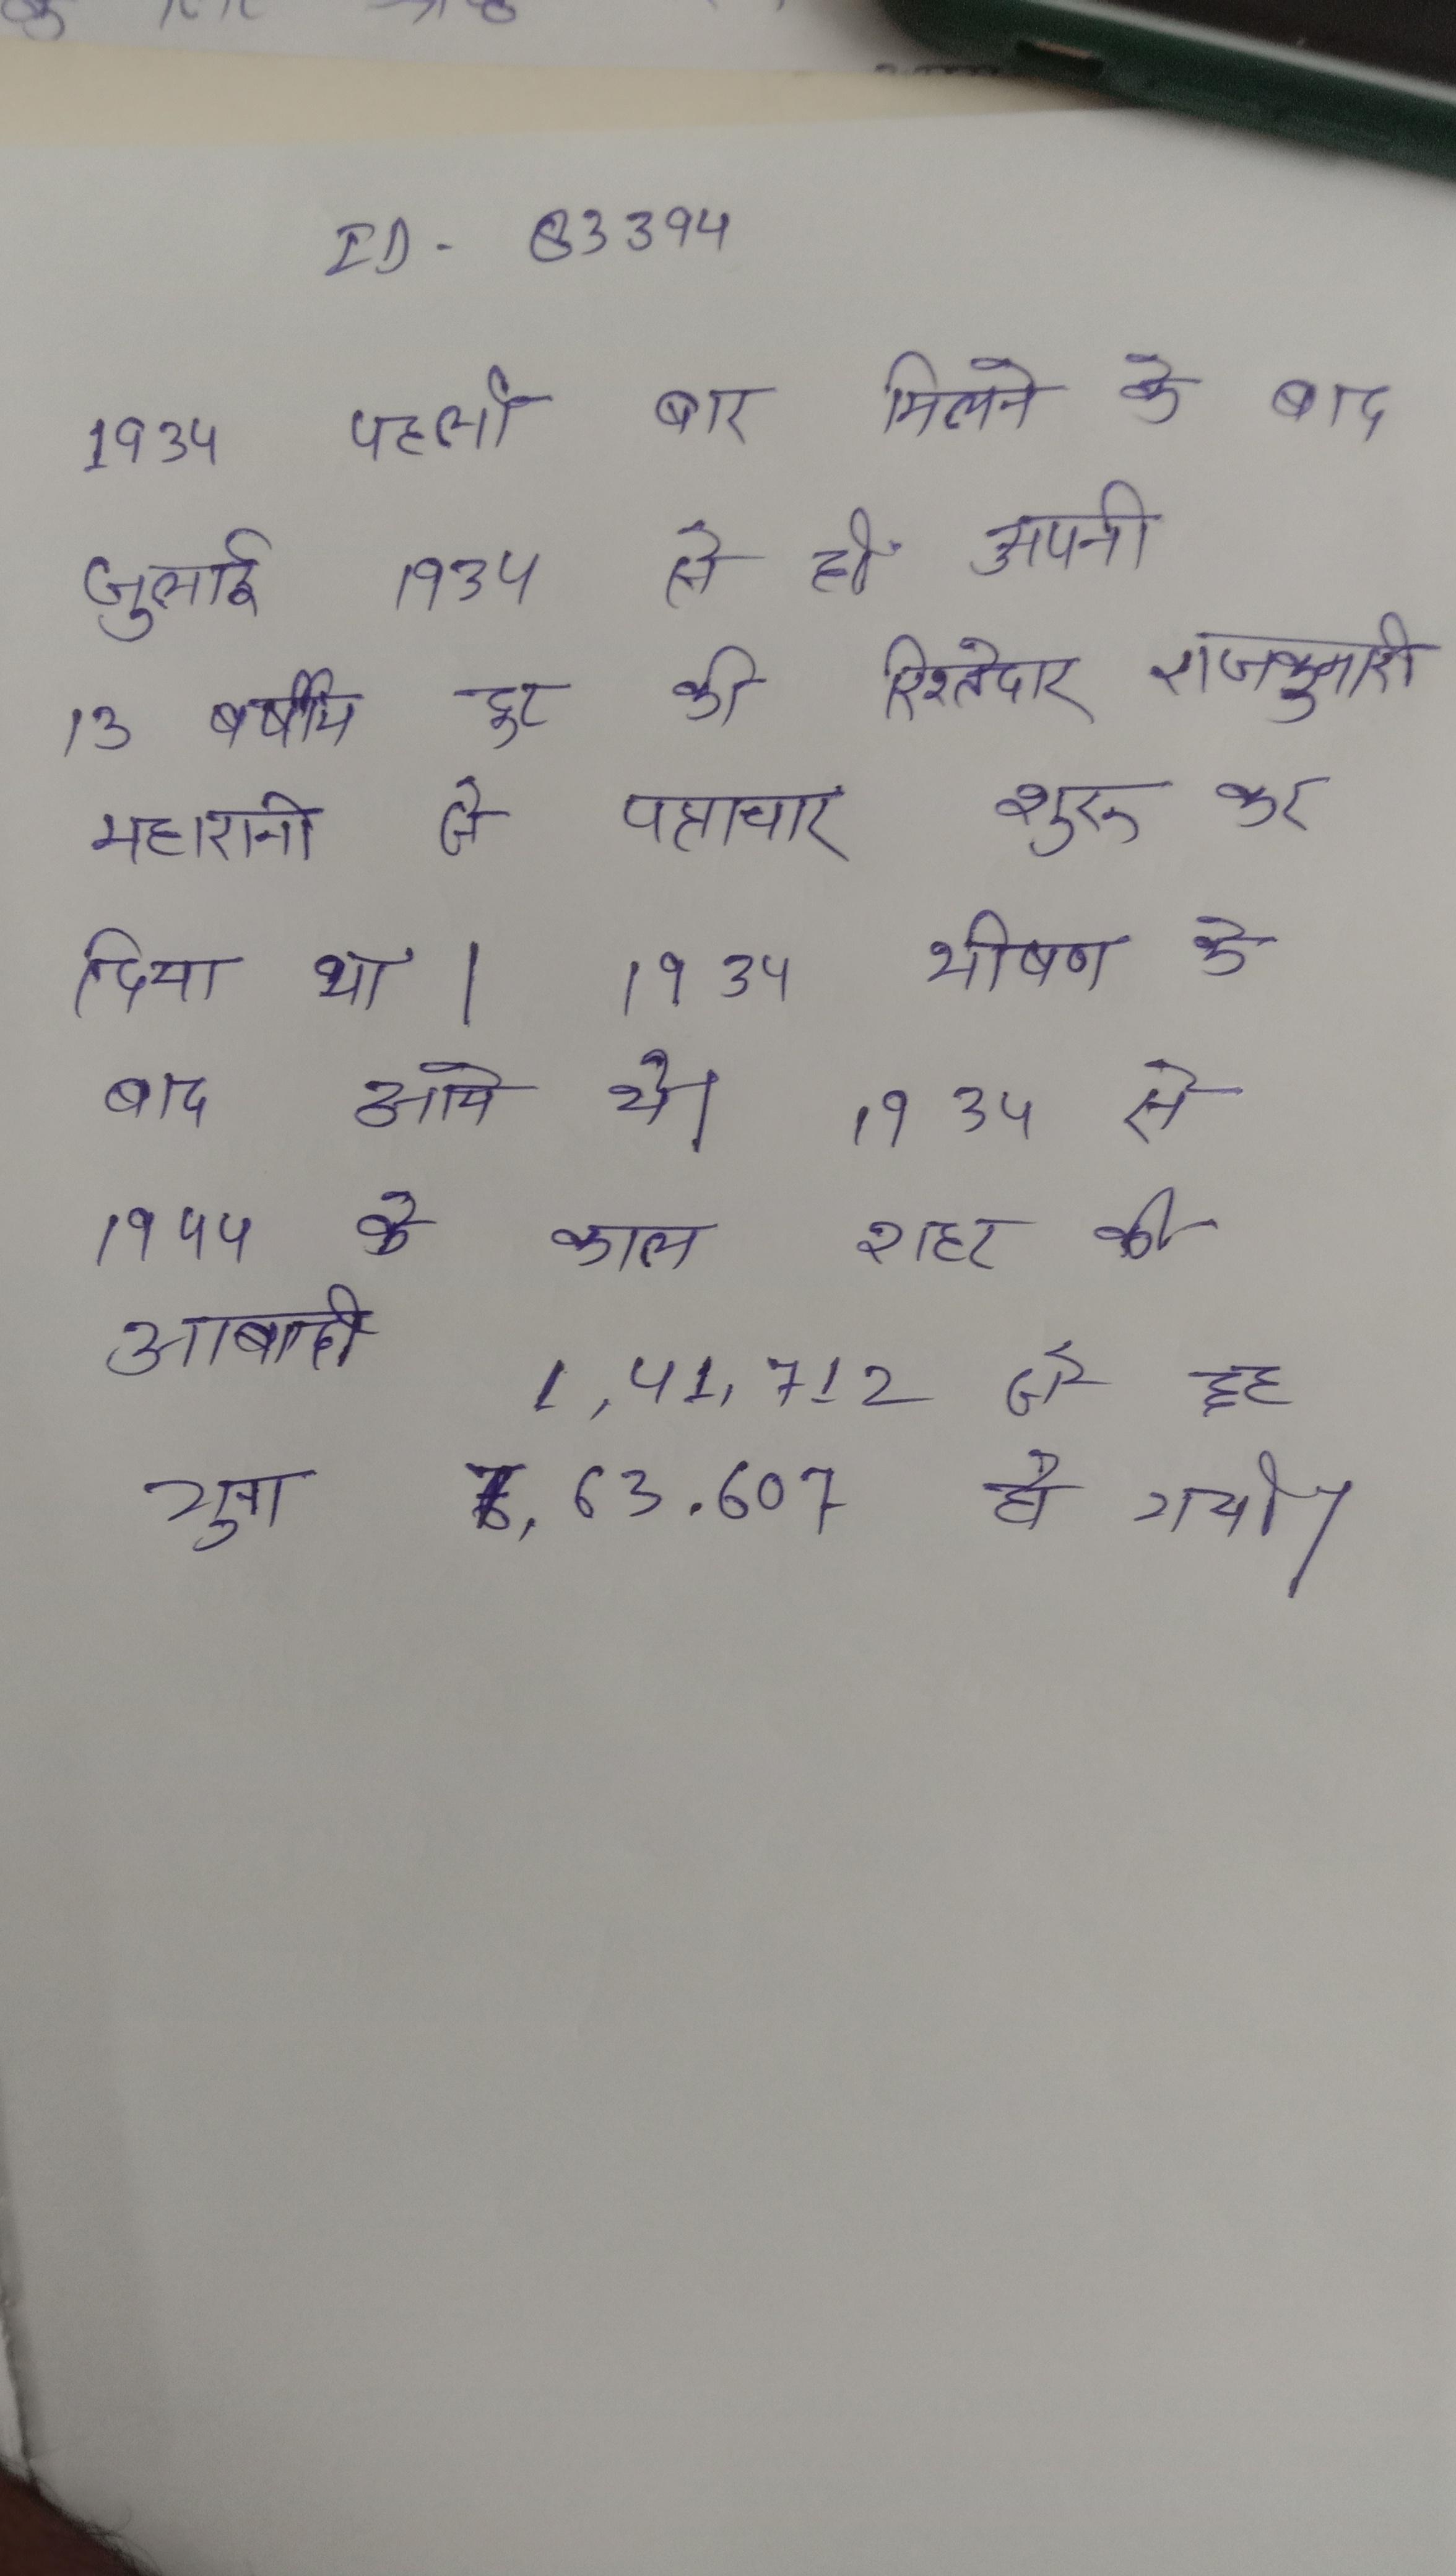
१९३४ पहली बार मिलने के बाद जुलाई १९३४ से ही अपनी १३ वर्षीय दूर की रिश्तेदार राजकुमारी महारानी से पत्राचार शुरु कर दिया था । १९३४ भीषण के बाद आए थे । १९३४ से १९४४ के काल शहर की आबादी १,४१,७१२ से छह गुना ८,६३,६०७ हो गई ।